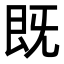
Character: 既